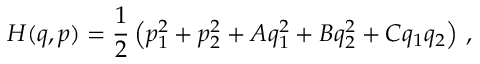
H ( q , p ) = \frac { 1 } { 2 } \left( p _ { 1 } ^ { 2 } + p _ { 2 } ^ { 2 } + A q _ { 1 } ^ { 2 } + B q _ { 2 } ^ { 2 } + C q _ { 1 } q _ { 2 } \right) \, ,